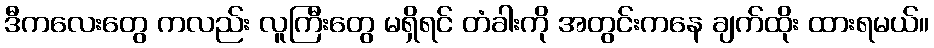
ဒီကလေးတွေ ကလည်း လူကြီးတွေ မရှိရင် တံခါးကို အတွင်းကနေ ချက်ထိုး ထားရမယ်။